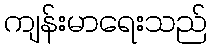
ကျန်းမာရေးသည်